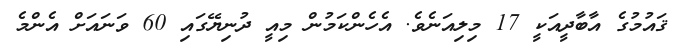
ޤައުމުގެ އާބާދީއަކީ 17 މިލިއަނެވެ. އެހެންކަމުން މިއީ ދުނިޔޭގައި 60 ވަނައަށް އެންމެ